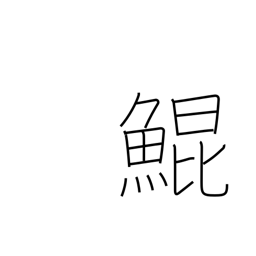
Meaning: large mythical fish